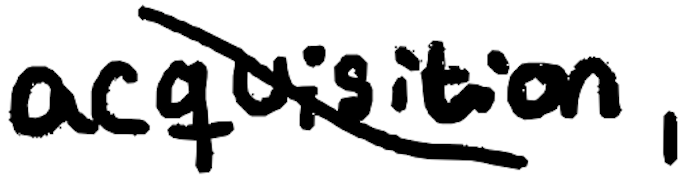
Text: acquisition,
Cross-out: diagonal
Writing tool: digital_black